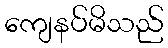
ကျေနပ်မိသည်